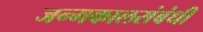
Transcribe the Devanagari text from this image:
जन्मकालसंबंधी